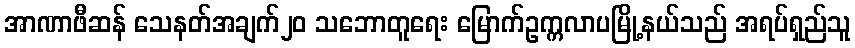
အာဏာဖီဆန် သေနတ်အချက်၂၀ သဘောတူရေး မြောက်ဥက္ကလာပမြို့နယ်သည် အရပ်ရှည်သူ